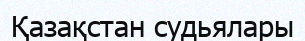
Қазақстан судьялары